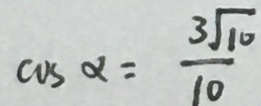
\cos \alpha = \frac { 3 \sqrt { 1 0 } } { 1 0 }